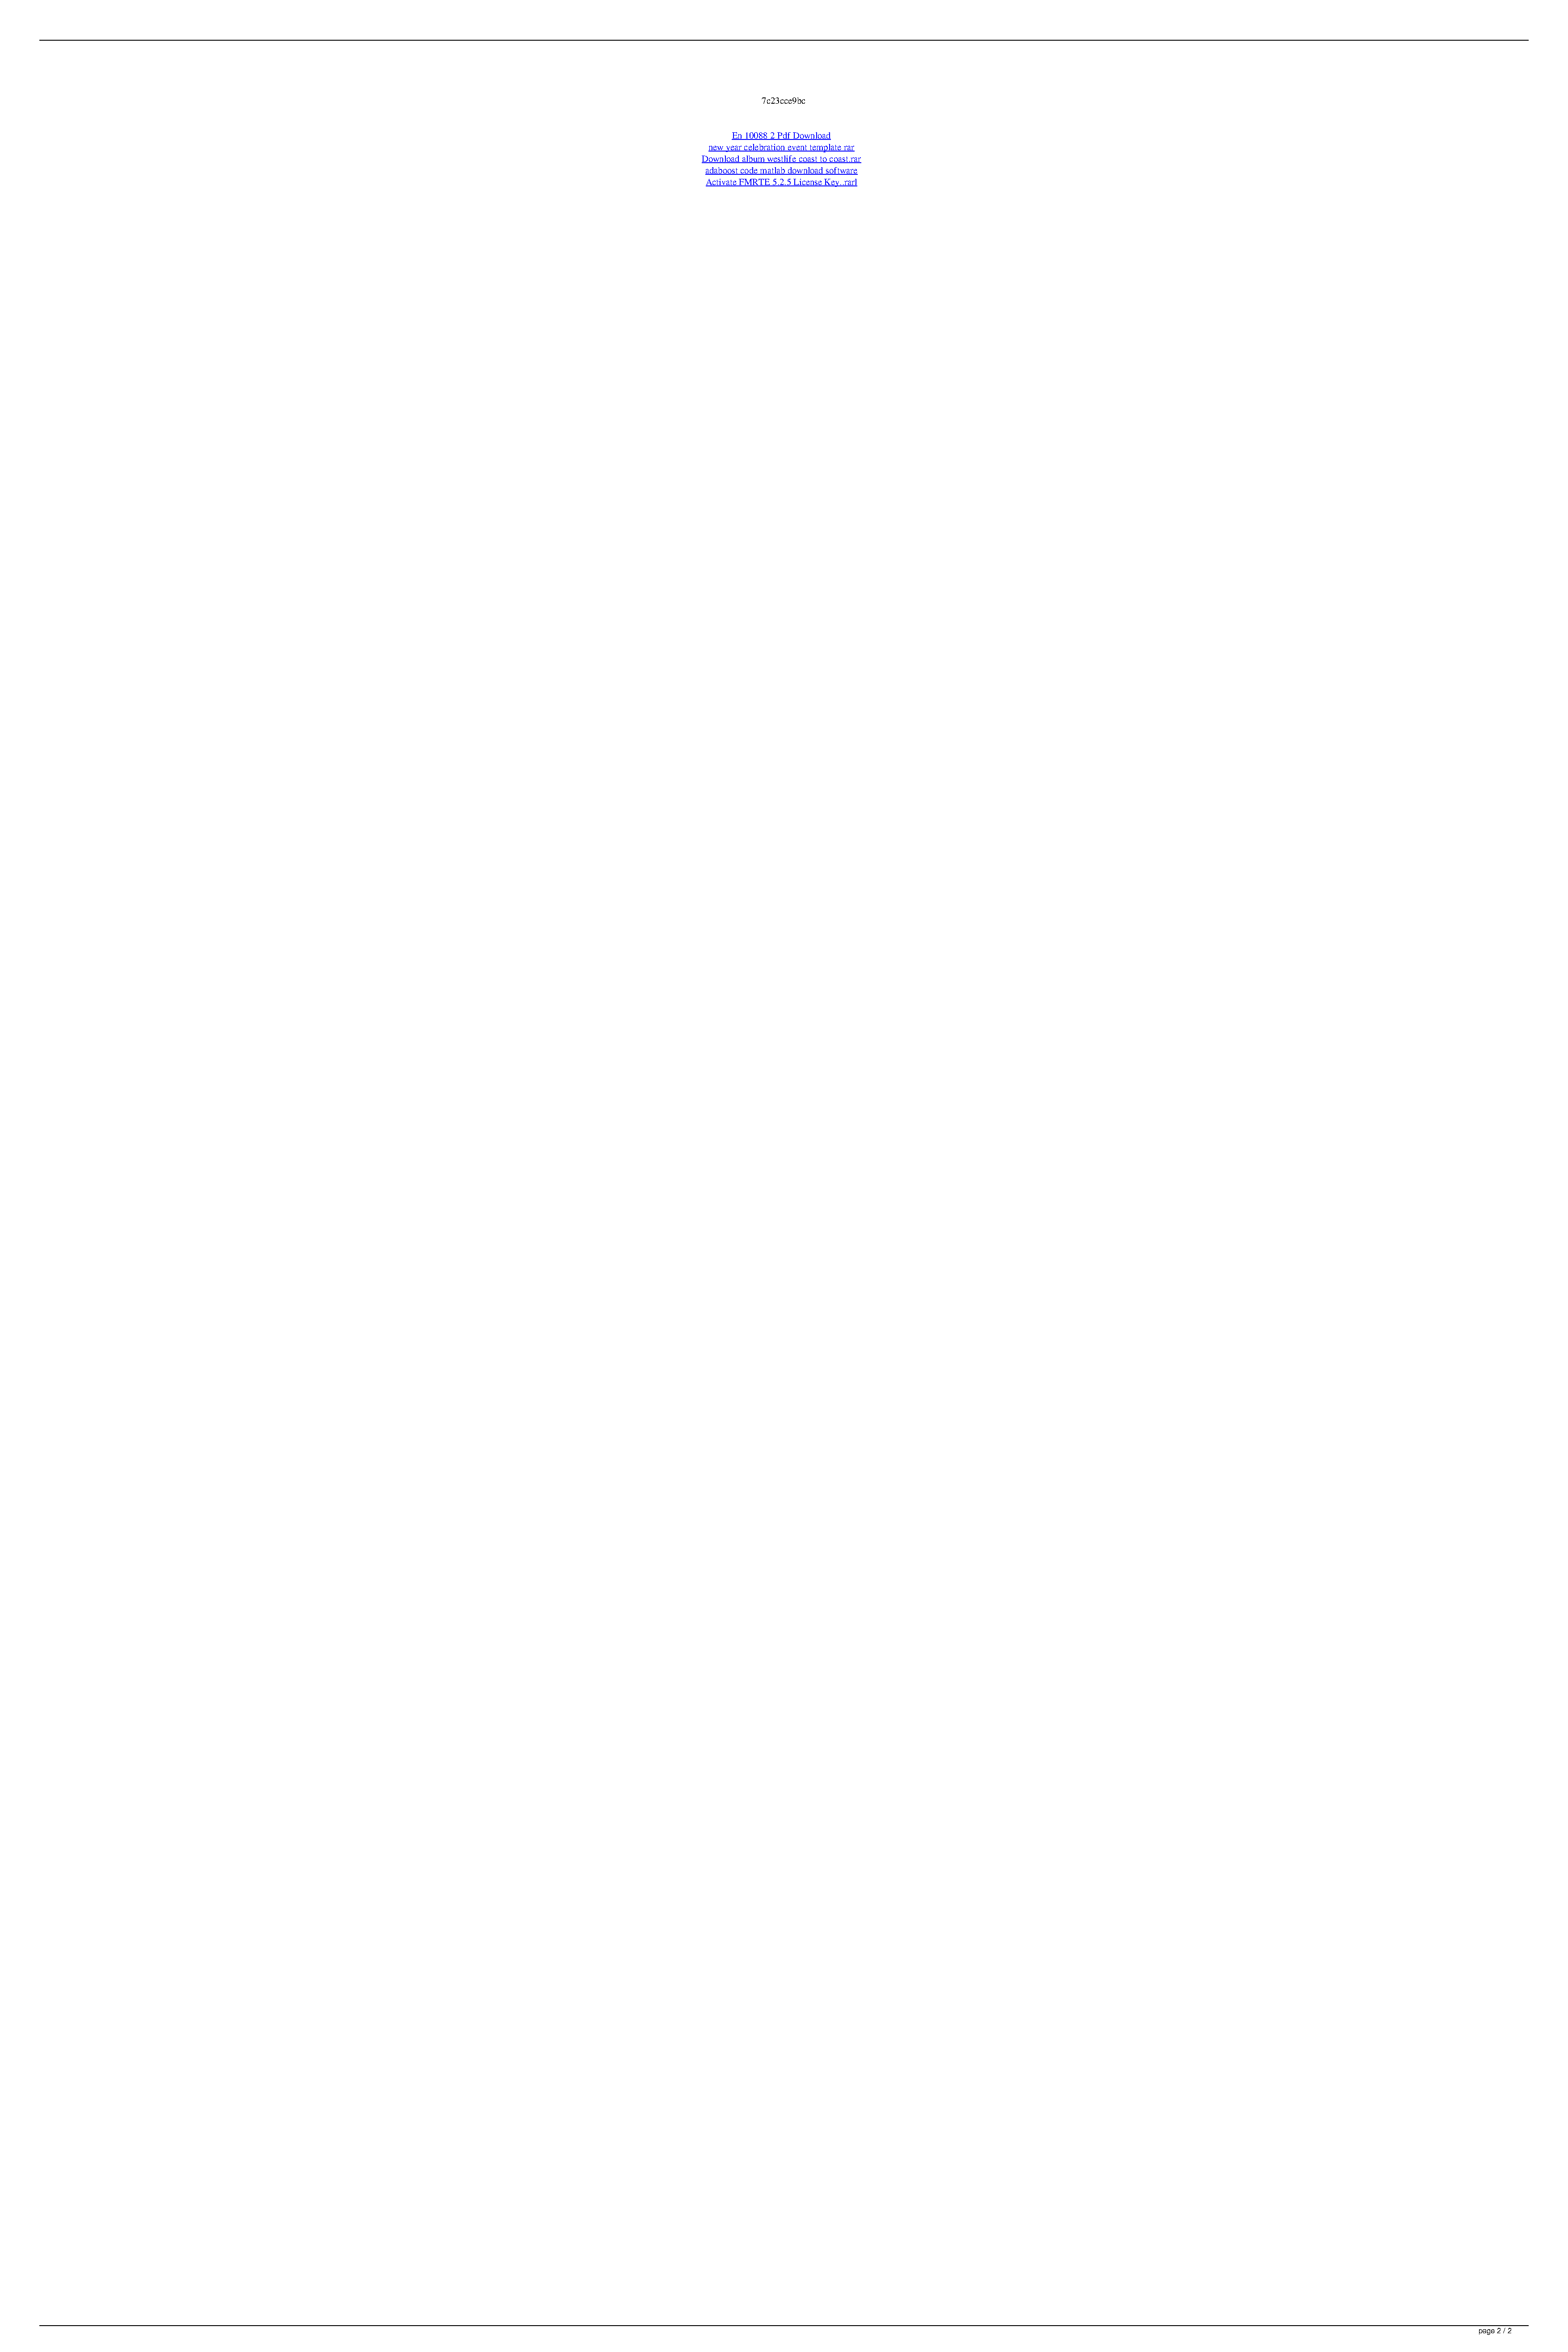
7c23cce9bc
 En 10088 2 Pdf Download
 new year celebration event template rar
 Download album westlife coast to coast.rar
 adaboost code matlab download software
 Activate FMRTE 5.2.5 License Key..rarl
 page 2 / 2
 Gol Time Gang Of Littles Full Movie In English Download Free